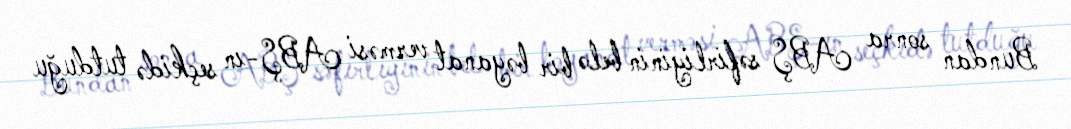
Bundan sonra ABŞ səfirliyinin belə bir bəyanat verməsi ABŞ-ın seçkidə tutduğu